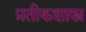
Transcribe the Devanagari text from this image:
प्रतीकशास्त्र